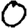
Digit: 0